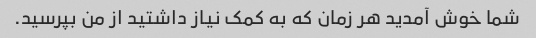
شما خوش آمدید هر زمان که به کمک نیاز داشتید از من بپرسید.